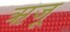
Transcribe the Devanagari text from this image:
ऋजू